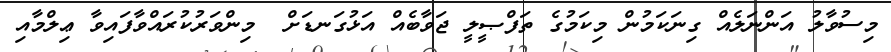
މިސުވާލު އަންނަލެއް ގިނަކަމުން މިކަމުގެ ތަފްޞީލީ ޖަވާބެއް އަޅުގަނޑަށް  މިންވަރުކުރައްވާފައިވާ ޢިލްމާއި